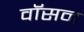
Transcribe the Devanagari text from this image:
वॉसन